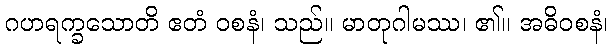
ဂဟရက္ခသောတိ ဧတံ ဝစနံ၊ သည်။ မာတုဂါမဿ၊ ၏။ အဓိဝစနံ၊